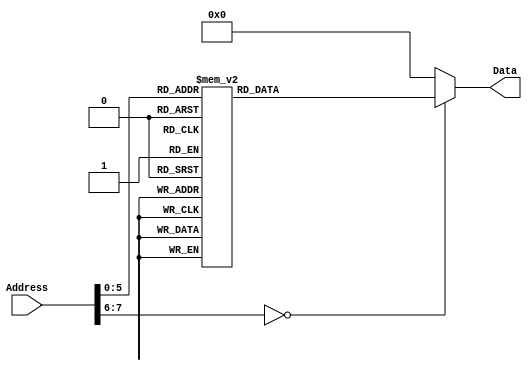
/******************************************************************************
 ** Logisim goes FPGA automatic generated Verilog code                       **
 **                                                                          **
 ** Component : ROM_CPU_123wd                                                **
 **                                                                          **
 ******************************************************************************/

module ROM_CPU_123wd( Address,
                      Data);

   /***************************************************************************
    ** Here the inputs are defined                                           **
    ***************************************************************************/
   input[7:0]  Address;

   /***************************************************************************
    ** Here the outputs are defined                                          **
    ***************************************************************************/
   output[11:0] Data;
   reg[11:0] Data;

   always @ (Address)
   begin
      case(Address)
         1 : Data = 289;
         2 : Data = 256;
         3 : Data = 278;
         4 : Data = 513;
         5 : Data = 275;
         6 : Data = 2306;
         7 : Data = 513;
         8 : Data = 2306;
         9 : Data = 272;
         10 : Data = 513;
         11 : Data = 276;
         12 : Data = 2306;
         13 : Data = 513;
         14 : Data = 277;
         15 : Data = 2306;
         16 : Data = 513;
         17 : Data = 274;
         18 : Data = 2306;
         19 : Data = 513;
         20 : Data = 273;
         21 : Data = 2306;
         22 : Data = 513;
         23 : Data = 311;
         24 : Data = 257;
         25 : Data = 96;
         26 : Data = 1635;
         27 : Data = 3120;
         28 : Data = 832;
         29 : Data = 16;
         30 : Data = 1554;
         31 : Data = 3369;
         32 : Data = 881;
         33 : Data = 1652;
         34 : Data = 3625;
         35 : Data = 81;
         36 : Data = 2386;
         37 : Data = 865;
         38 : Data = 598;
         39 : Data = 1638;
         40 : Data = 3102;
         41 : Data = 97;
         42 : Data = 2402;
         43 : Data = 612;
         44 : Data = 2306;
         45 : Data = 1655;
         46 : Data = 3097;
         default : Data = 0;
      endcase
   end

endmodule